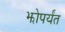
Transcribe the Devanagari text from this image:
झोपर्यंत